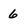
Character: 6